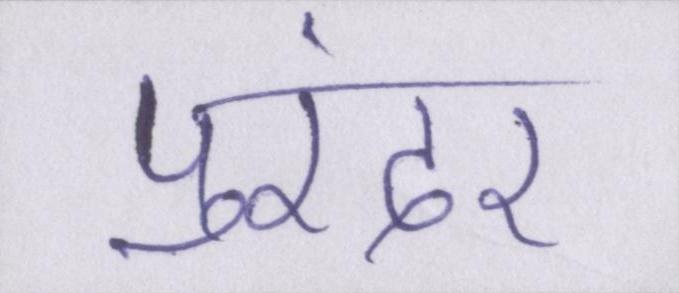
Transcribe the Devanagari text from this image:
पुरंदर